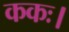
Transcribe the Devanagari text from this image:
ककः।